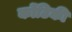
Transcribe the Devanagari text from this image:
कोंटिकी